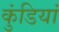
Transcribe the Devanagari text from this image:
कुंडियां